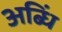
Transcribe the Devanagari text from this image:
अब्धिं